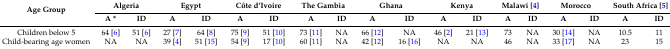
<table><thead><tr><td rowspan="2"><b>Age Group</b></td><td colspan="2"><b>Algeria</b></td><td colspan="2"><b>Egypt</b></td><td colspan="2"><b>Côte d’Ivoire</b></td><td colspan="2"><b>The Gambia</b></td><td colspan="2"><b>Ghana</b></td><td colspan="2"><b>Kenya</b></td><td colspan="2"><b>Malawi [4]</b></td><td colspan="2"><b>Morocco</b></td><td colspan="2"><b>South Africa [5]</b></td></tr><tr><td><b>A *</b></td><td><b>ID</b></td><td><b>A</b></td><td><b>ID</b></td><td><b>A</b></td><td><b>ID</b></td><td><b>A</b></td><td><b>ID</b></td><td><b>A</b></td><td><b>ID</b></td><td><b>A</b></td><td><b>ID</b></td><td><b>A</b></td><td><b>ID</b></td><td><b>A</b></td><td><b>ID</b></td><td><b>A</b></td><td><b>ID</b></td></tr></thead><tbody><tr><td>Children below 5</td><td>64 [6]</td><td>51 [6]</td><td>27 [7]</td><td>64 [8]</td><td>75 [9]</td><td>51 [10]</td><td>73 [11]</td><td>NA</td><td>66 [12]</td><td>NA</td><td>46 [2]</td><td>21 [13]</td><td>73</td><td>NA</td><td>30 [14]</td><td>NA</td><td>10.5</td><td>11</td></tr><tr><td>Child-bearing age women</td><td>NA</td><td>NA</td><td>39 [4]</td><td>51 [15]</td><td>54 [9]</td><td>17 [10]</td><td>60 [11]</td><td>NA</td><td>42 [12]</td><td>16 [16]</td><td>NA</td><td>NA</td><td>46</td><td>NA</td><td>33 [17]</td><td>NA</td><td>23</td><td>15</td></tr></tbody></table>